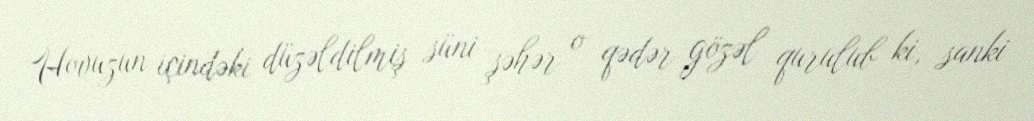
Hovuzun içindəki düzəldilmiş süni şəhər o qədər gözəl qurulub ki, sanki